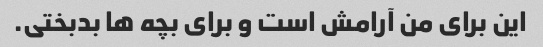
این برای من آرامش است و برای بچه ها بدبختی.